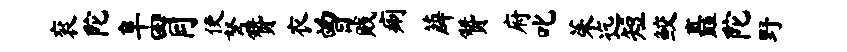
衮陀阜胃使弩赞衣曾贱痢薜赞府叱茱迄短鲛矗陀野